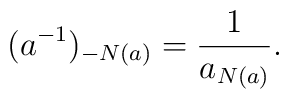
(a^{-1})_{-N(a)} = \frac{1}{a_{N(a)}}.